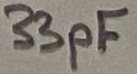
Text: 33pF